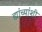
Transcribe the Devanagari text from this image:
ह्यांच्यांशी